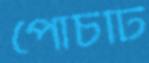
পোঁচটি